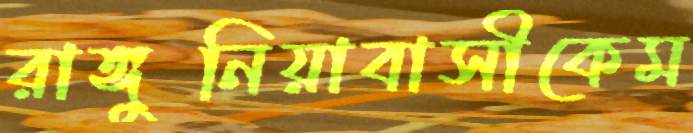
রাঙ্গুনিয়াবাসীকেম